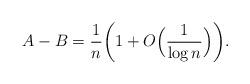
LaTeX: \begin{align*}A-B={1\over n}\biggl(1+O\Bigl({1\over \log{n}}\Bigr)\biggr).\end{align*}